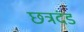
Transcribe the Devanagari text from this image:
छत्रदंड